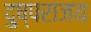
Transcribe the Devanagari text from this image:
दु्ष्पराजय